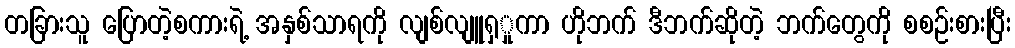
တခြားသူ ပြောတဲ့စကားရဲ့ အနှစ်သာရကို လျစ်လျူရှှုကာ ဟိုဘက် ဒီဘက်ဆိုတဲ့ ဘက်တွေကို စစဉ်းစားပြီး